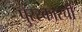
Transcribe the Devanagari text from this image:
पुरस्कारची